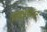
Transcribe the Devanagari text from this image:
प्राइडफेस्ट